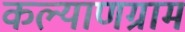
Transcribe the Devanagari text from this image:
कल्याणग्राम